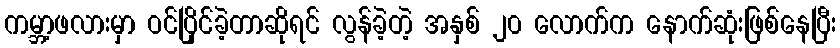
ကမ္ဘာ့ဖလားမှာ ဝင်ပြိုင်ခဲ့တာဆိုရင် လွန်ခဲ့တဲ့ အနှစ် ၂၀ လောက်က နောက်ဆုံးဖြစ်နေပြီး